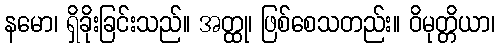
နမော၊ ရှိခိုးခြင်းသည်။ အတ္ထု၊ ဖြစ်စေသတည်း။ ဝိမုတ္တိယာ၊